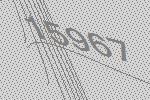
15967